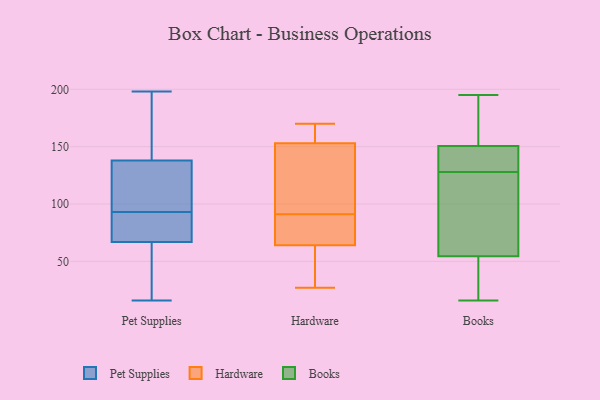
{"axis": {"x": "Bounce Rate (%)", "y": "Value"}, "legend": ["Books", "Hardware", "Pet Supplies"], "data": [{"x": "", "y": 33, "type": "Pet Supplies"}, {"x": "", "y": 48, "type": "Pet Supplies"}, {"x": "", "y": 50, "type": "Pet Supplies"}, {"x": "", "y": 16, "type": "Pet Supplies"}, {"x": "", "y": 129, "type": "Pet Supplies"}, {"x": "", "y": 93, "type": "Pet Supplies"}, {"x": "", "y": 110, "type": "Pet Supplies"}, {"x": "", "y": 186, "type": "Pet Supplies"}, {"x": "", "y": 90, "type": "Pet Supplies"}, {"x": "", "y": 189, "type": "Pet Supplies"}, {"x": "", "y": 111, "type": "Pet Supplies"}, {"x": "", "y": 93, "type": "Pet Supplies"}, {"x": "", "y": 106, "type": "Pet Supplies"}, {"x": "", "y": 198, "type": "Pet Supplies"}, {"x": "", "y": 85, "type": "Pet Supplies"}, {"x": "", "y": 91, "type": "Pet Supplies"}, {"x": "", "y": 141, "type": "Pet Supplies"}, {"x": "", "y": 61, "type": "Pet Supplies"}, {"x": "", "y": 153, "type": "Pet Supplies"}, {"x": "", "y": 117, "type": "Hardware"}, {"x": "", "y": 89, "type": "Hardware"}, {"x": "", "y": 93, "type": "Hardware"}, {"x": "", "y": 168, "type": "Hardware"}, {"x": "", "y": 169, "type": "Hardware"}, {"x": "", "y": 42, "type": "Hardware"}, {"x": "", "y": 64, "type": "Hardware"}, {"x": "", "y": 153, "type": "Hardware"}, {"x": "", "y": 71, "type": "Hardware"}, {"x": "", "y": 84, "type": "Hardware"}, {"x": "", "y": 49, "type": "Hardware"}, {"x": "", "y": 27, "type": "Hardware"}, {"x": "", "y": 111, "type": "Hardware"}, {"x": "", "y": 41, "type": "Hardware"}, {"x": "", "y": 84, "type": "Hardware"}, {"x": "", "y": 162, "type": "Hardware"}, {"x": "", "y": 170, "type": "Hardware"}, {"x": "", "y": 131, "type": "Hardware"}, {"x": "", "y": 101, "type": "Books"}, {"x": "", "y": 195, "type": "Books"}, {"x": "", "y": 125, "type": "Books"}, {"x": "", "y": 129, "type": "Books"}, {"x": "", "y": 16, "type": "Books"}, {"x": "", "y": 71, "type": "Books"}, {"x": "", "y": 154, "type": "Books"}, {"x": "", "y": 25, "type": "Books"}, {"x": "", "y": 140, "type": "Books"}, {"x": "", "y": 128, "type": "Books"}, {"x": "", "y": 25, "type": "Books"}, {"x": "", "y": 138, "type": "Books"}, {"x": "", "y": 77, "type": "Books"}, {"x": "", "y": 20, "type": "Books"}, {"x": "", "y": 49, "type": "Books"}, {"x": "", "y": 133, "type": "Books"}, {"x": "", "y": 178, "type": "Books"}, {"x": "", "y": 187, "type": "Books"}, {"x": "", "y": 189, "type": "Books"}]}